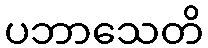
ပဘာသေတိ